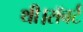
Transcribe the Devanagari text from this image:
थी।रॉबर्ट